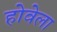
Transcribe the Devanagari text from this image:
होवेला